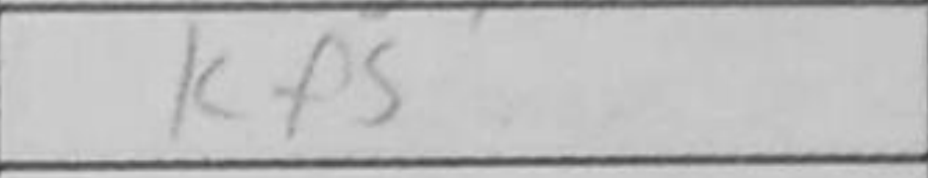
Transcription: Kf5